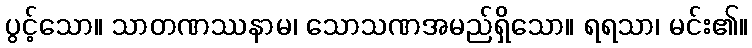
ပွင့်သော။ သာတဏဿနာမ၊ သောသဏအမည်ရှိသော။ ရရသာ၊ မင်း၏။